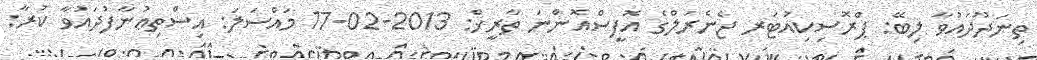
ތިނަދޫދައުވާ ލިބޭ: ޕްރޮސިކިއުޓަރ ޖެނެރަލްގެ އޮފީސްއޮންނަ ތާރީޚް: 2013-02-17 މައްސަލަ: އިސްތިޢުނާފުދައުވާ ކުރާ: